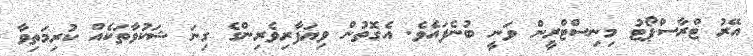
އޭރު ޓްރާސްޕޯޓު މިނިސްޓްރީން ވަނީ ބުނެފައެވެ. އެގޮތުން ވިޔަފާރިވެރިންގެ ގިނަ ޝަކުވާތަކެއް ކުރިމަތިވާ